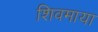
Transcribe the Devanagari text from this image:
शिवमाया